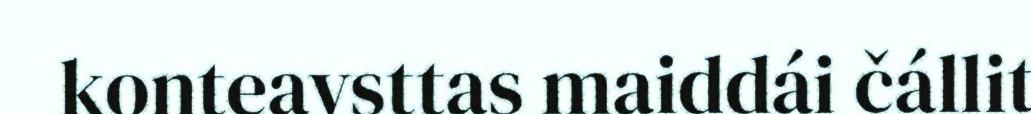
konteavsttas maiddái čállit